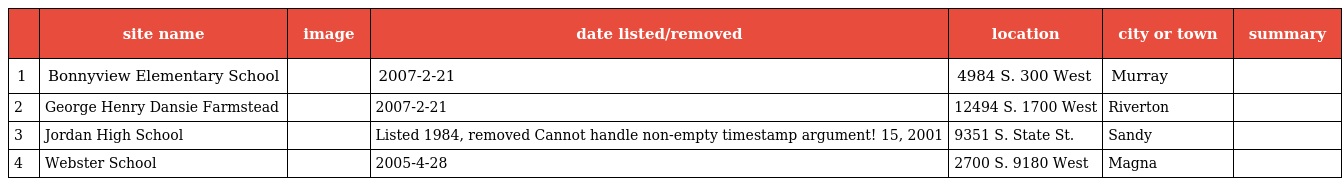
|  | site name | image | date listed/removed | location | city or town | summary |
 | --- | --- | --- | --- | --- | --- | --- |
 | 1 | Bonnyview Elementary School |  | 2007-2-21 | 4984 S. 300 West | Murray |  |
 | 2 | George Henry Dansie Farmstead |  | 2007-2-21 | 12494 S. 1700 West | Riverton |  |
 | 3 | Jordan High School |  | Listed 1984, removed Cannot handle non-empty timestamp argument! 15, 2001 | 9351 S. State St. | Sandy |  |
 | 4 | Webster School |  | 2005-4-28 | 2700 S. 9180 West | Magna |  |